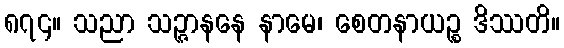
၈၇၄။ သညာ သဉ္ဇာနနေ နာမေ၊ စေတနာယဉ္စ ဒိဿတိ။